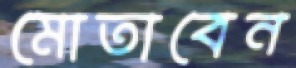
মোতাবেন